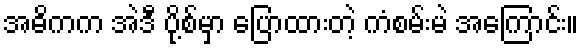
အဓိကက အဲဒီ ပို့စ်မှာ ပြောထားတဲ့ ကံစမ်းမဲ အကြောင်း။